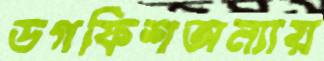
ডগফিশঅন্যায়